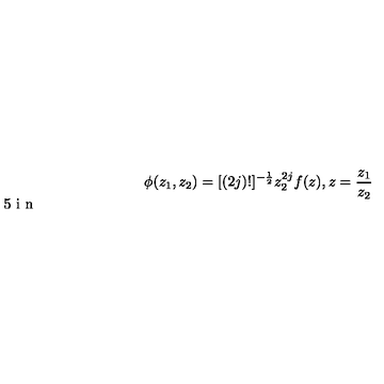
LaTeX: \phi ( z _ { 1 } , z _ { 2 } ) = [ ( 2 j ) ! ] ^ { - \frac { 1 } { 2 } } z _ { 2 } ^ { 2 j } f ( z ) , \vspace { . 5 i n } z = \frac { z _ { 1 } } { z _ { 2 } }